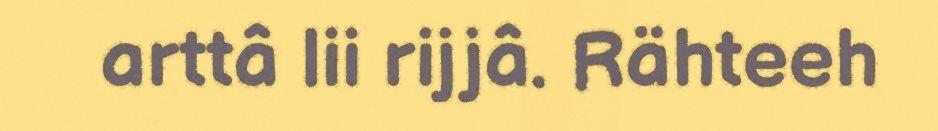
arttâ lii rijjâ. Rähteeh